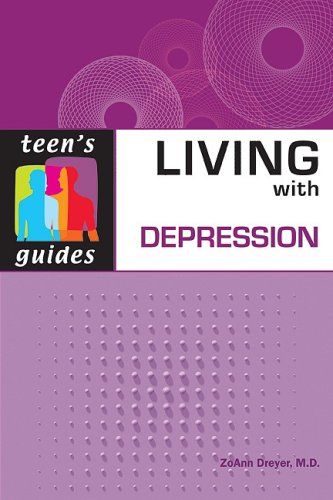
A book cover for Living with Depression (Teen's Guides); Allen R., Ph.D. Miller; Teen & Young Adult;